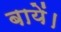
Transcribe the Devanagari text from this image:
बायें।